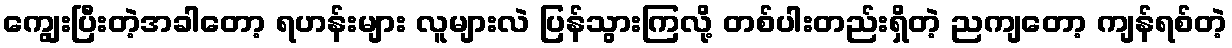
ကျွေးပြီးတဲ့အခါတော့ ရဟန်းများ လူများလဲ ပြန်သွားကြလို့ တစ်ပါးတည်းရှိတဲ့ ညကျတော့ ကျန်ရစ်တဲ့